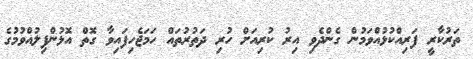
ތަރުކާރީ ފަރިއްކުޅުއްވަމުން ގެންދެވި އިރު ކުރިއަށް ހުރި ދަތުރުތައް ހަމަޖެހިފައިވާ ގޮތް އޮޅުންފިލުއްވުމުގެ